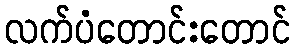
လက်ပံတောင်းတောင်